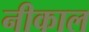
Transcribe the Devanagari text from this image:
नीकाल